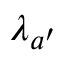
\lambda _ { a ^ { \prime } } { \frac { } { } }